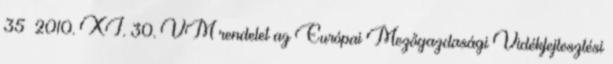
35 2010. XI. 30. VM rendelet az Európai Mezőgazdasági Vidékfejlesztési